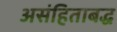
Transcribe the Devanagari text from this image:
असंहिताबद्ध